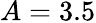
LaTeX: A=3.5